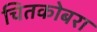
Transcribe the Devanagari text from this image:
चितकोबरा